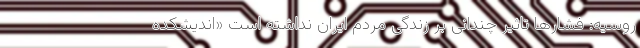
روسیه: فشارها تاثیر چندانی بر زندگی مردم ایران نداشته است «اندیشکده